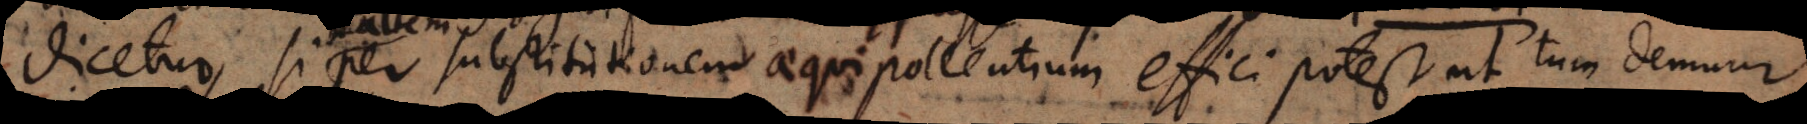
dicetur, si per substitutionem aequipollentium effici potest, ut tum demum